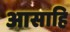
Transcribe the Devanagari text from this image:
आसाहि